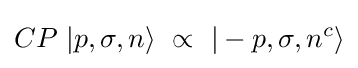
CP\ |p,\sigma ,n\rangle \ \propto \ |-p,\sigma ,n^{c}\rangle